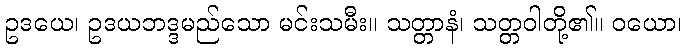
ဥဒယေ၊ ဥဒယဘဒ္ဒမည်သော မင်းသမီး။ သတ္တာနံ၊ သတ္တဝါတို့၏။ ဝယော၊